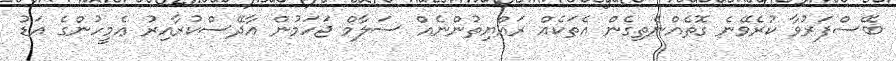
ބޭސްފަރުވާ ކުރެވޭނެ ގޮތެއްނެތިގެން އެތަކެއް ރައްޔިތުންނެއް ސަލާމް ޖަހަމުން އާދޭސްކުރާއިރު ޢެމީހުންގެ އަޑު